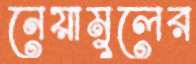
নেয়ামুলের